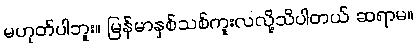
မဟုတ်ပါဘူး။ မြန်မာနှစ်သစ်ကူးလလို့သိပါတယ် ဆရာမ။